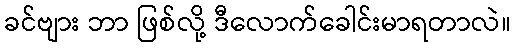
ခင်ဗျား ဘာ ဖြစ်လို့ ဒီလောက်ခေါင်းမာရတာလဲ။